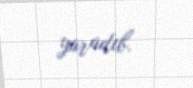
yaradıb.